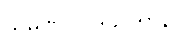
သမဏပ္ပဝါဒသိတာနိ